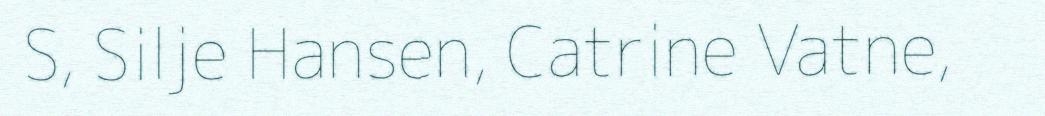
S, Silje Hansen, Catrine Vatne,